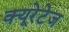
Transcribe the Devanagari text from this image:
क्यूरेटेज